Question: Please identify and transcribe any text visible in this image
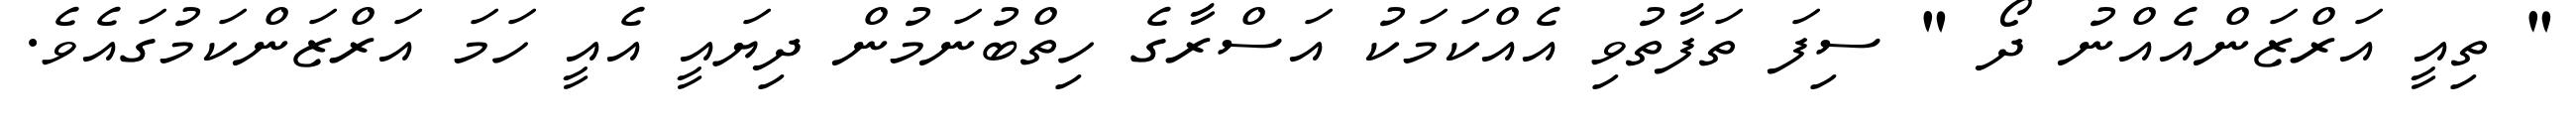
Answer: " ތިއީ އަރްޒަންއެއްނު ދޯ " ސިފަ ތަފާތުވި އެއްކަމަކު އަސްރާގެ ހިތްބުނަމުން ދިޔައީ އެއީ ހަމަ އަރްޒަންކަމުގައެވެ.